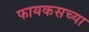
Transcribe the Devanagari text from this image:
फायकसच्या